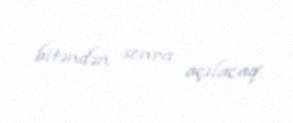
bitəndən sonra açılacaq.